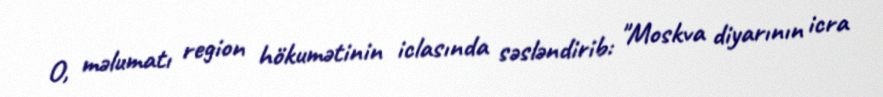
O, məlumatı region hökumətinin iclasında səsləndirib: "Moskva diyarının icra